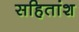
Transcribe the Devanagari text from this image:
सहितांश